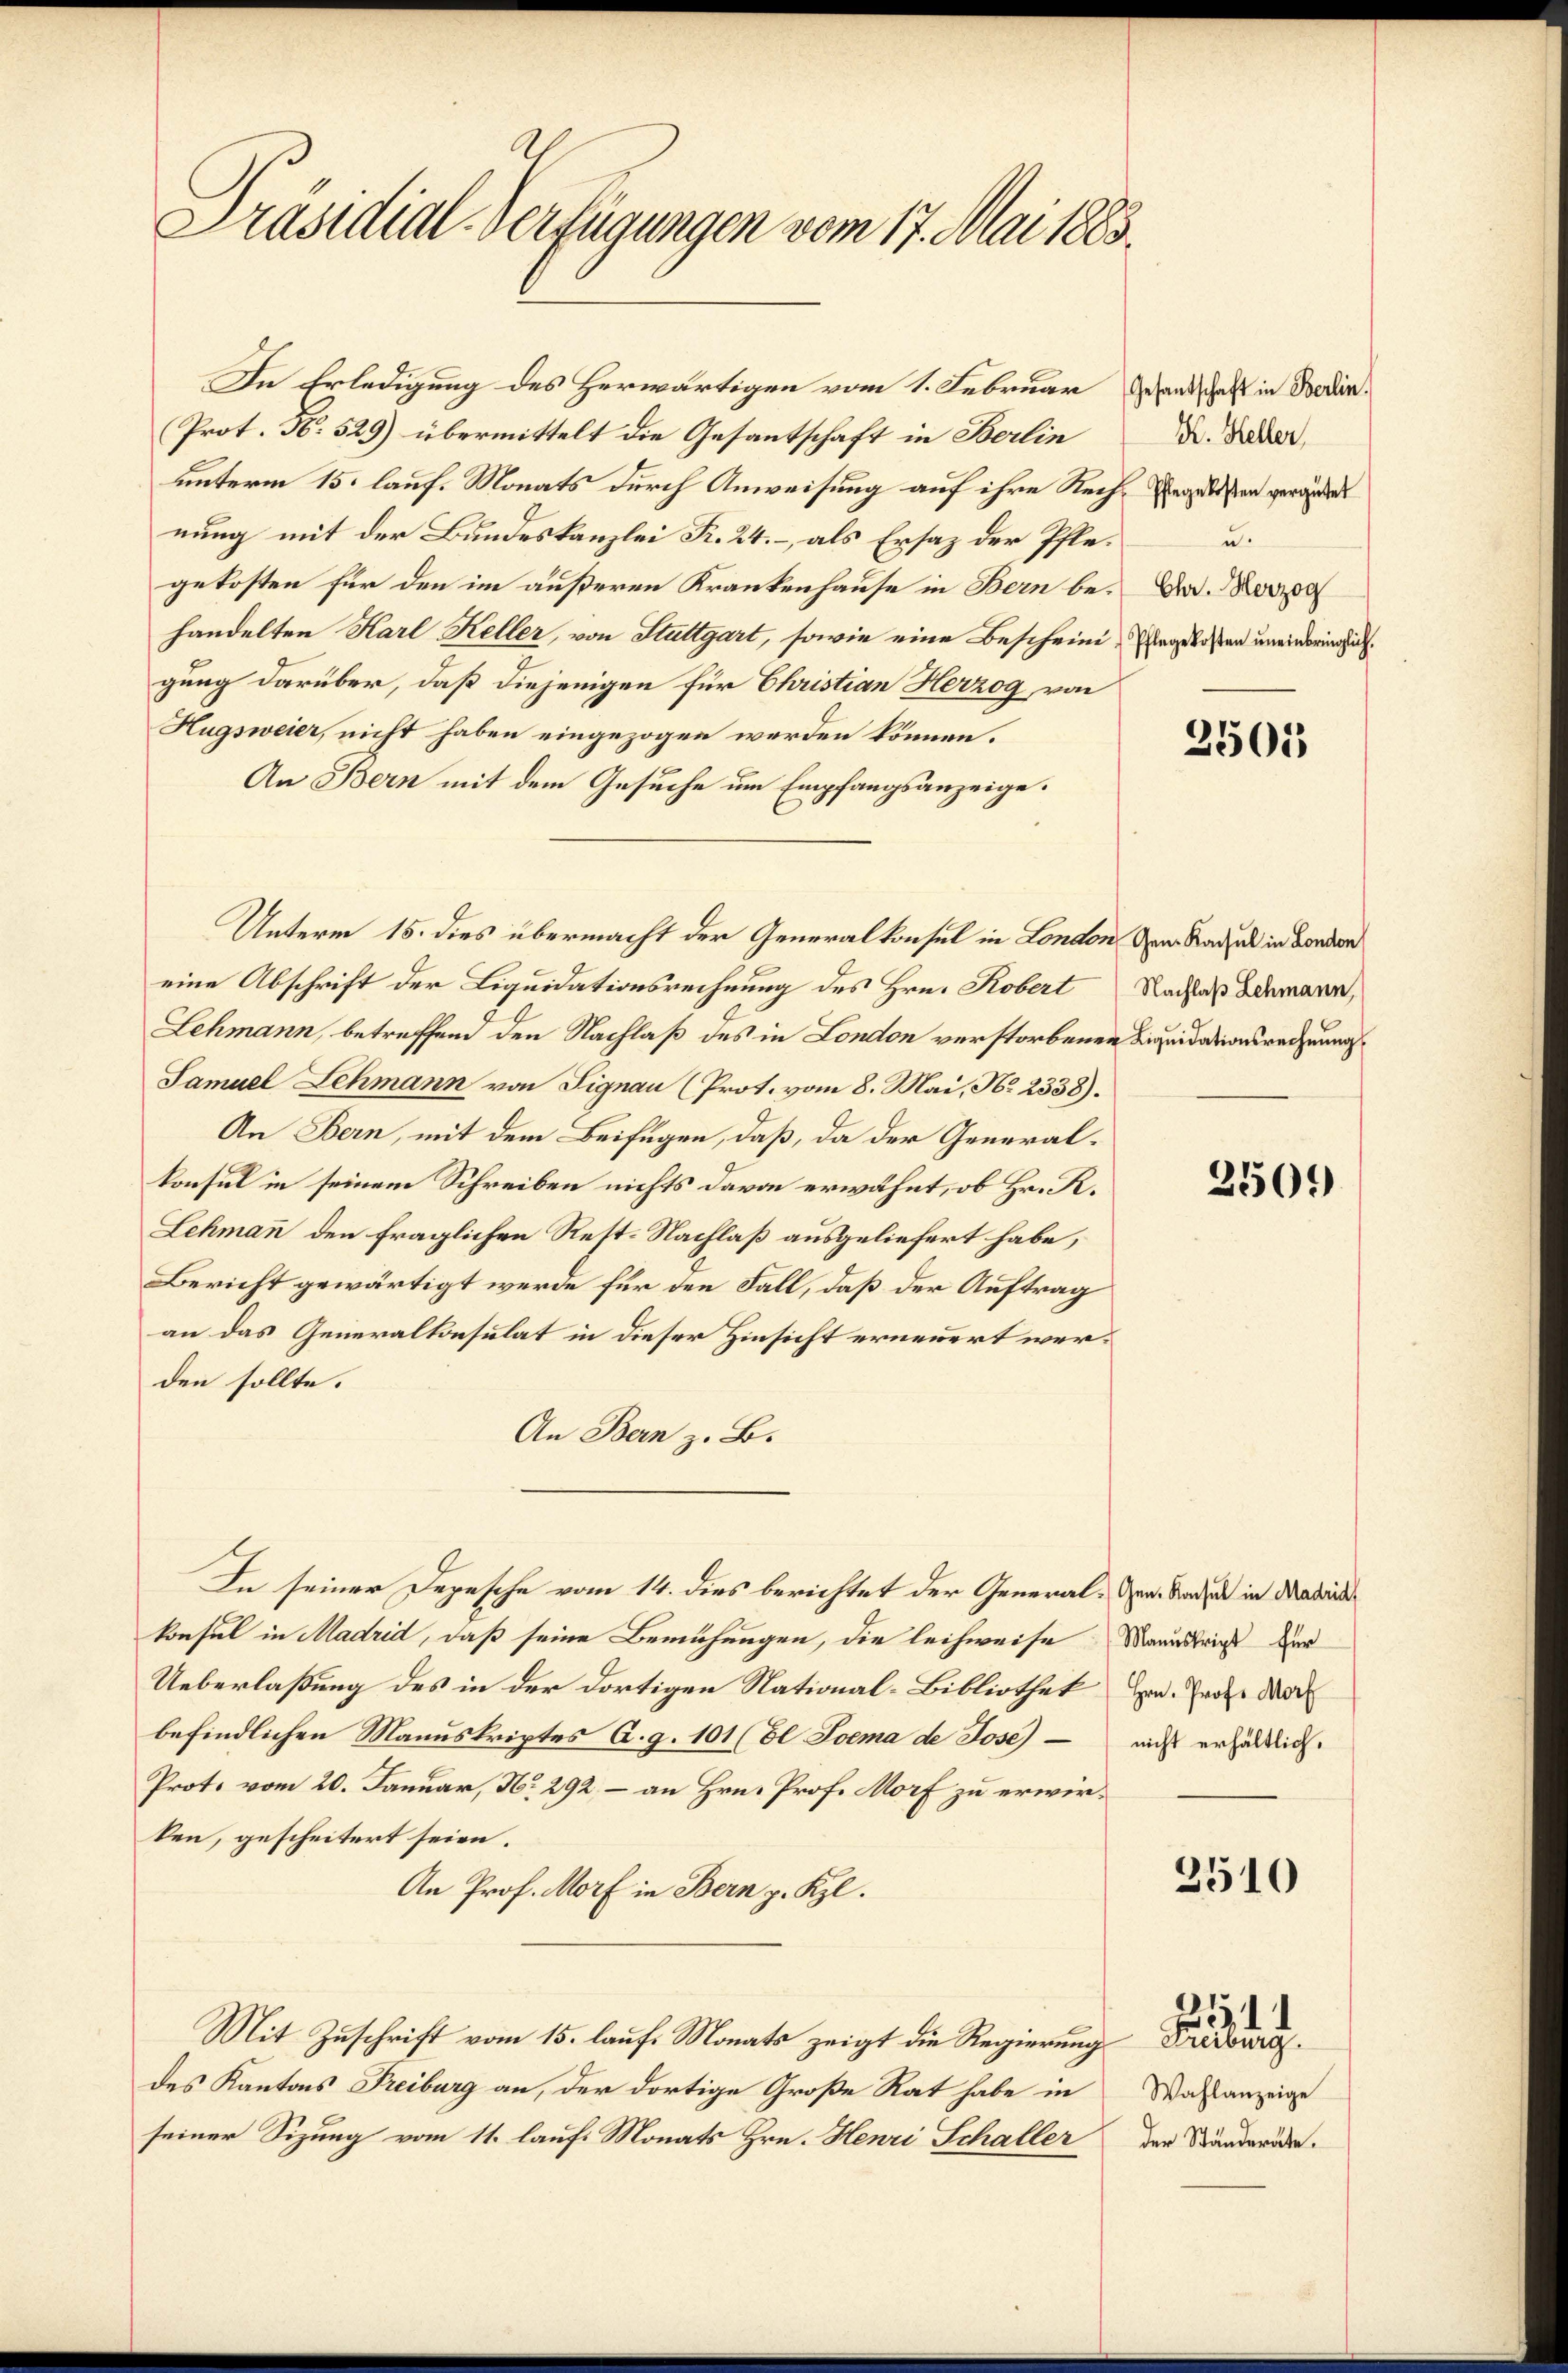
Präsidial-Verfügungen vom 17. Mai 1883.

In Erledigung des Herwärtigen vom 1. Februar Grandschaft in Bedin¬
Prot. N. 529) übermittelt die Gesantschaft in Berlin
unterm 15. lauf. Monats durch Anweisung auf ihre Rechnung mit der Bundeskanzlei R. 24. – als Ersatz der Pflegekosten für den im äußeren Krankenhause in Bern behandelten Karl Keller, von Stuttgart, sowie eine Bescheinigung darüber, daß diejenigen für Christian Herzog von
Hugsweier, nicht haben eingezogen werden können.
An Bern mit dem Gesuche um Empfangsanzeige.
Unterm 15. dies übermacht der Generalkonsul in London dem Radel in London
eine Abschrift der Liquidationsrechnung des Hrn. Robert
Lehmann, betreffend den Nachlaß des in London verstorbenen Liquidationsrechnung
Samuel Lehmann von Signau (Prot. vom 8. Mai, No 2338).
An Bern, mit dem Beifügen, daß, da der Generalkonsul in seinem Schreiben nichts davon erwähnt, ob Hr. R.
Lehmann den fraglichen Rest. Nachlaß ausgeliefert habe,
Bericht gewärtigt werde für den Fall, daß der Auftrag
an das Generalkonsulat in dieser Hinsicht erneuert werden sollte.
An Bern z. B.
In seiner Depesche vom 14. dies berichtet der General-Ver. Baden in dabei
konsul in Madrid, daß seine Bemühungen, die leihweise Maaustricht der
Ueberlaßung des in der dortigen National-Bibliothek Hrn. Prof. Mar
befindlichen Manuskriptes A. g. 101 (El Joema de Jose) - auf erhältlich.
Prote vom 20. Januar, No 292, – an Hrn. Prof. Morf zu erwirken, gescheitert seien.
An Prof. Morf in Bern p. Kzl.
Mit Zuschrift vom 15. lauf Monats zeigt die Regierung
des Kantons Freiburg an, der dortige Große Rat habe in
seiner Sizung vom 11. lauf Monats Hrn. Henri Schaller

K. Heller,
Pflegekosten vergütet
u.
Chr. Herzog
Pflegekosten uneinbringlich.

2505

Nachlaß Lehmann,

2500

2510

Grüberg.
Wahlanzeige
der Ständeräte.

194